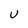
Character: U